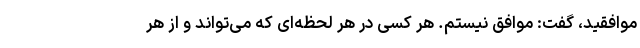
موافقید، گفت: موافق نیستم. هر کسی در هر لحظه‌ای که می‌تواند و از هر